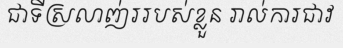
ជាទីស្រលាញ់ររបស់ខ្លួន រាល់ការជាវ